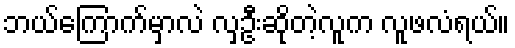
ဘယ်ကြောက်မှာလဲ လှဦးဆိုတဲ့လူက လူဖလံရယ်။